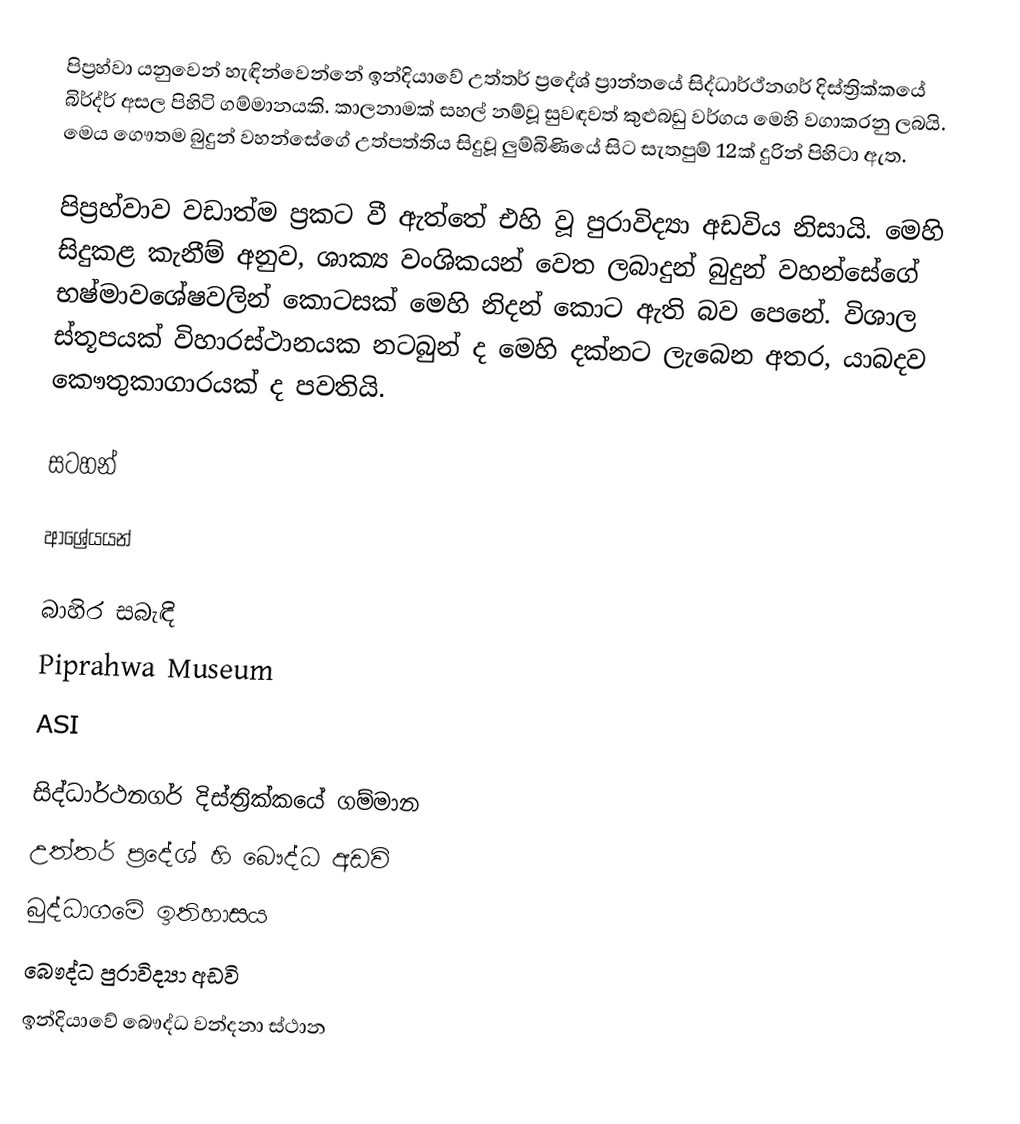
පිප්‍රහ්වා යනුවෙන් හැඳින්වෙන්නේ ඉන්දියාවේ උත්තර් ප්‍රදේශ් ප්‍රාන්තයේ සිද්ධාර්ථ්නගර් දිස්ත්‍රික්කයේ බිර්ද්ර් අසල පිහිටි ගම්මානයකි. කාලනාමක් සහල් නම්වූ සුවඳවත් කුළුබඩු වර්ගය මෙහි වගාකරනු ලබයි. මෙය ගෞතම බුදුන් වහන්සේගේ උත්පත්තිය සිදුවූ ලුම්බිණියේ සිට සැතපුම් 12ක් දුරින් පිහිටා ඇත.

පිප්‍රහ්වාව වඩාත්ම ප්‍රකට වී ඇත්තේ එහි වූ පුරාවිද්‍යා අඩවිය නිසායි. මෙහි සිදුකළ කැනීම් අනුව, ශාක්‍ය වංශිකයන් වෙත ලබාදුන් බුදුන් වහන්සේගේ භෂ්මාවශේෂවලින් කොටසක් මෙහි නිදන් කොට ඇති බව පෙනේ. විශාල ස්තූපයක් විහාරස්ථානයක නටබුන් ද මෙහි දක්නට ලැබෙන අතර, යාබදව කෞතුකාගාරයක් ද පවතියි.

සටහන්

ආශ්‍රේයයන්

බාහිර සබැඳි
 Piprahwa Museum
 ASI

සිද්ධාර්ථනගර් දිස්ත්‍රික්කයේ ගම්මාන
උත්තර් ප්‍රදේශ් හි බෞද්ධ අඩවි
බුද්ධාගමේ ඉතිහාසය
බෞද්ධ පුරාවිද්‍යා අඩවි
ඉන්දියාවේ බෞද්ධ වන්දනා ස්ථාන